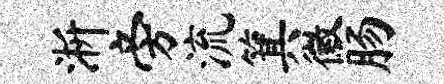
淅旁流箕徽肠